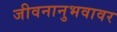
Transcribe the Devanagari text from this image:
जीवनानुभवावर